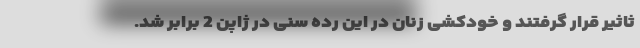
ثاثیر قرار گرفتند و خودکشی زنان در این رده سنی در ژاپن 2 برابر شد.